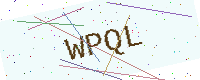
Text: WPQL